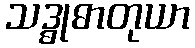
သဒ္ဓုဓာတုယာ